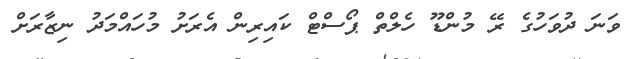
ވަނަ ދުވަހުގެ ރޭ މުންޑޫ ހެލްތް ޕޯސްޓް ކައިރިން އެރަށު މުހައްމަދު ނިޒާރަށް